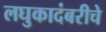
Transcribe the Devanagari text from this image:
लघुकादंबरीचे